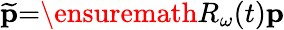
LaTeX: \widetilde{\mathbf{p}}{=}\ensuremath{R_{\omega}}(t)\mathbf{p}